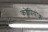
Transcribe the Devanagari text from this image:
कोपियोक